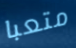
متعبا